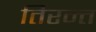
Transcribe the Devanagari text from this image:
तिरन्त